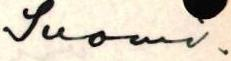
Suomi.